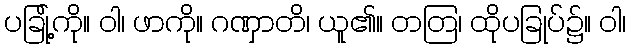
ပခြု့်ကို။ ဝါ၊ ဖာကို။ ဂဏှာတိ၊ ယူ၏။ တတြ၊ ထိုပခြုပ်၌။ ဝါ၊